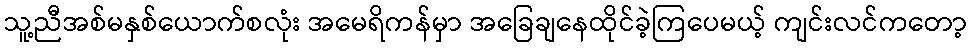
သူ့ညီအစ်မနှစ်ယောက်စလုံး အမေရိကန်မှာ အခြေချနေထိုင်ခဲ့ကြပေမယ့် ကျင်းလင်ကတော့